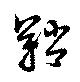
鞘